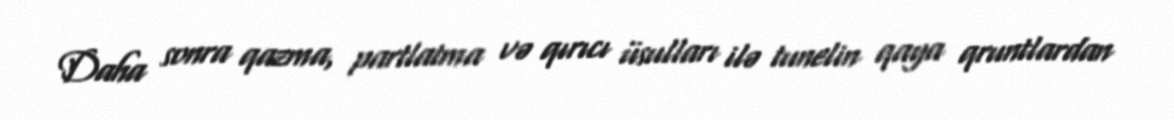
Daha sonra qazma, partlatma və qırıcı üsulları ilə tunelin qaya qruntlardan